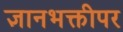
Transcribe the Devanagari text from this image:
ज्ञानभक्तीपर